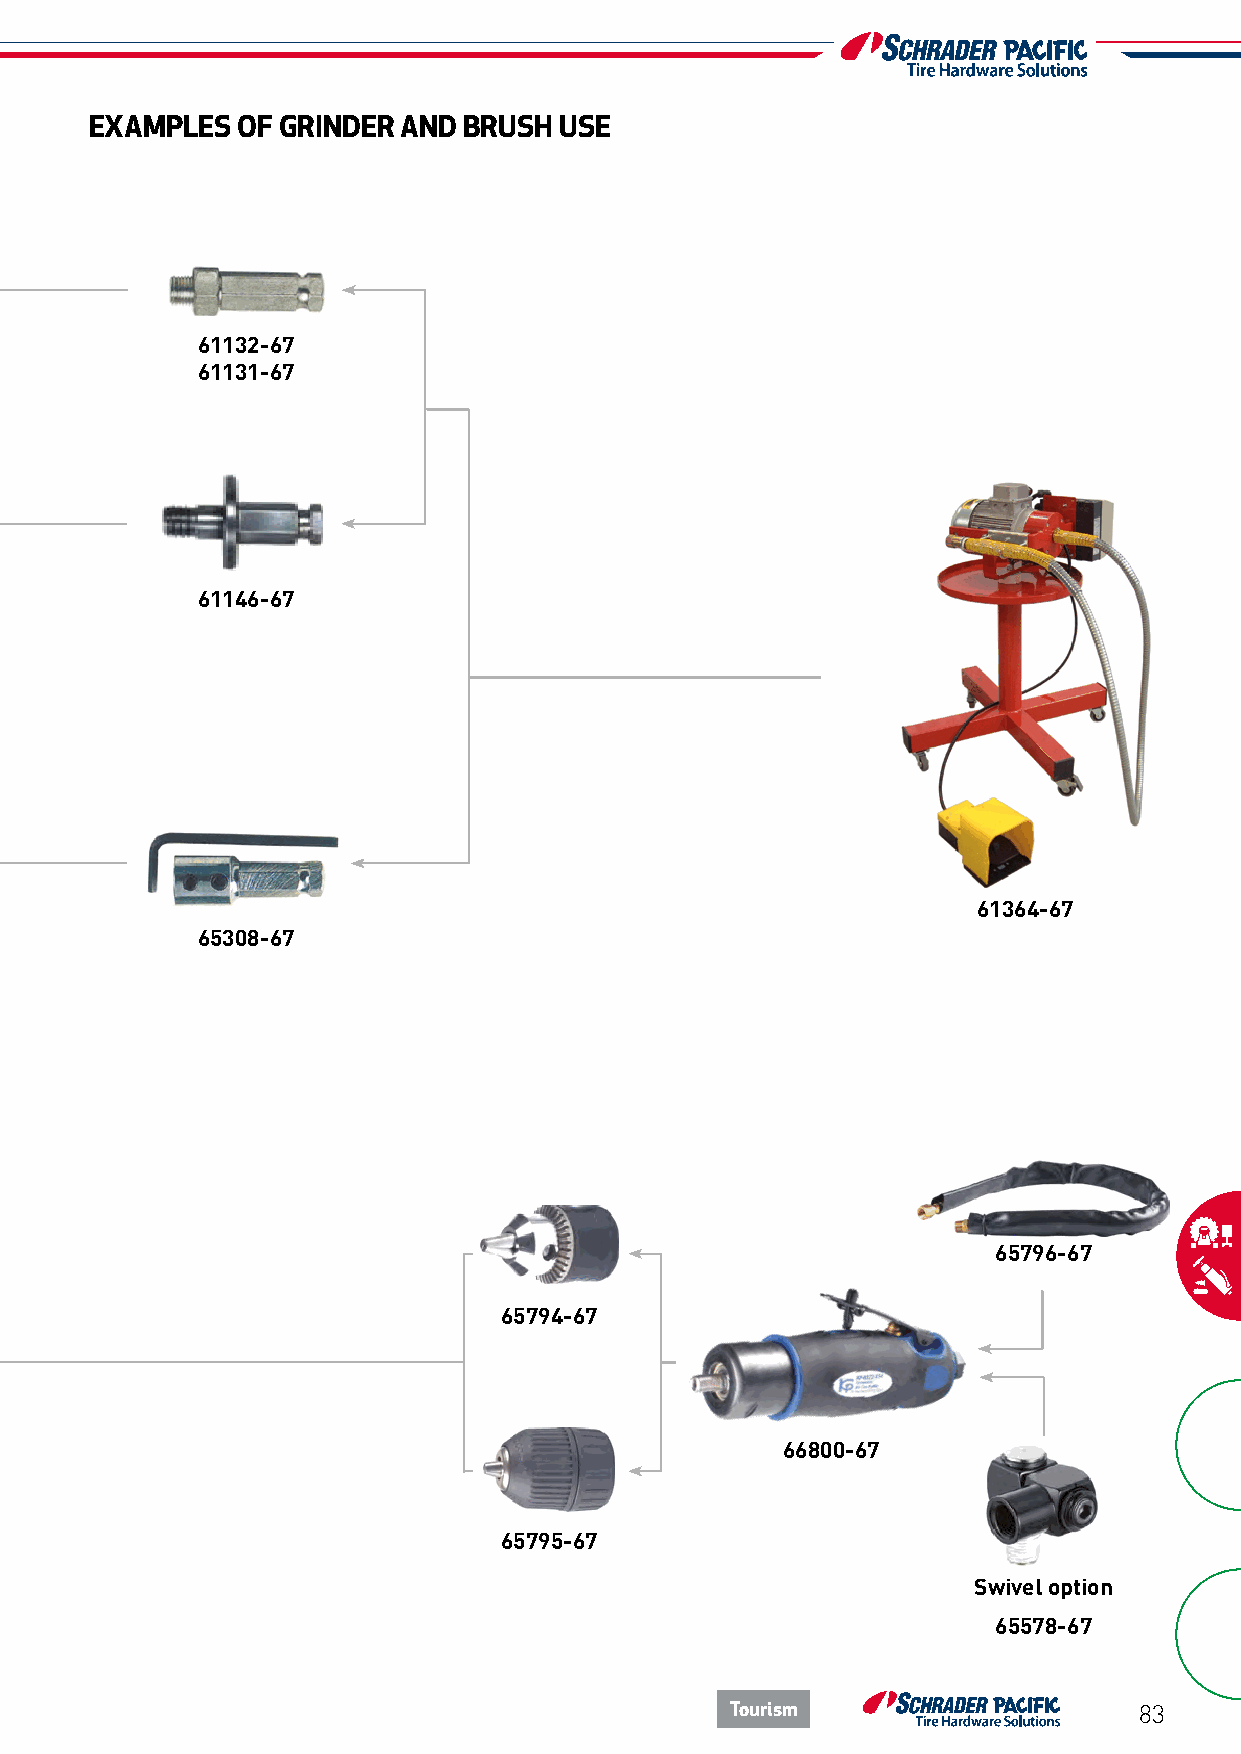
EXAMPLES  OF GRINDER AND BRUSH USE
 61132-67
 61131-67
 61146-67
 61364-67
 65308-67
 65796-67
 65794-67
 66800-67
 65795-67
 Swivel option
 65578-67
 Tourism                    83